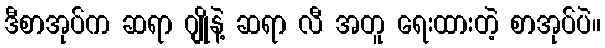
ဒီစာအုပ်က ဆရာ ဂျိုနဲ့ ဆရာ လီ အတူ ရေးထားတဲ့ စာအုပ်ပဲ။